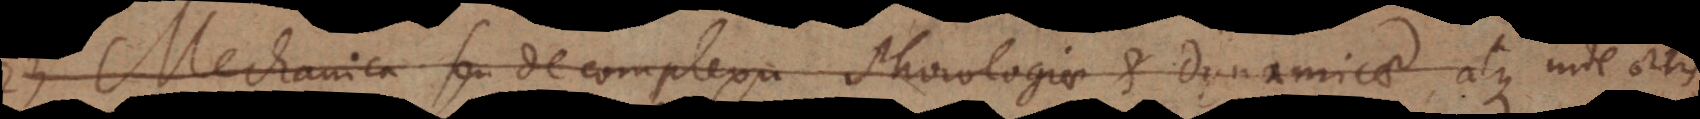
Mechanica seu de complexu Phorologiae et Dynamicae, atque inde ortis